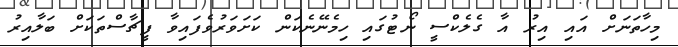
މިހާތަނަށް އައި އިރު އާ ގެލެކްސީ ނޯޓުގައި ހިމެނޭނެކަން ކަށަވަރުވެފައިވާ ފީޗާސްތަކަށް ބަލާއިރު